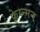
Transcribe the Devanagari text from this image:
फेय्न्मन